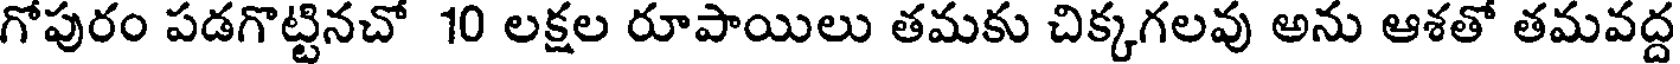
గోపురం పడగొట్టినచో 10 లక్షల రూపాయిలు తమకు చిక్కగలవు అను ఆశతో తమవద్ద